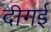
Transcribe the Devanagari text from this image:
दीगई